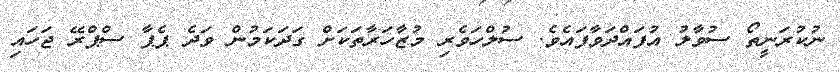
ނުކުރަނީތޯ ސުވާލު އުފައްދަވާފައެވެ. ސުލްހަވެރި މުޒާހަރާތަކަށް ގަދަކަމުން ވަދެ ޕެޕާ ސްޕްރޭ ޖަހައި